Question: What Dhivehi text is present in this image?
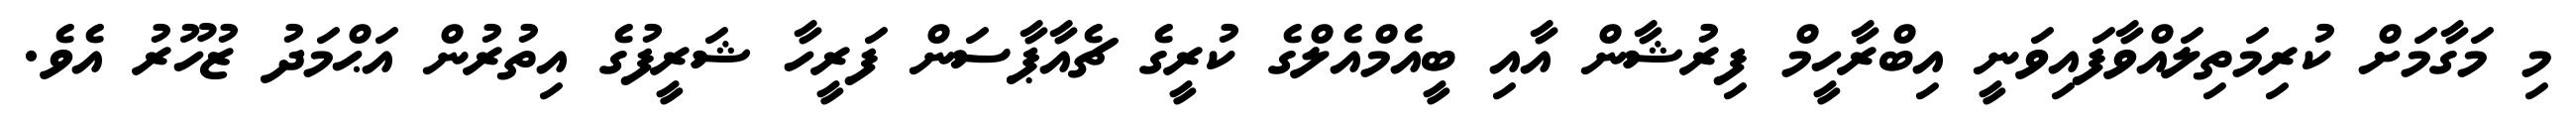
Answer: މި މަގާމަށް ކުރިމަތިލައްވާފައިވަނީ އިބްރާހީމް ފިރުޝާން އާއި ބީއެމްއެލްގެ ކުރީގެ ޗެއާޕާސަން ފަރީހާ ޝަރީފުގެ އިތުރުން އަޙްމަދު ޒުހޫރު އެވެ.